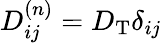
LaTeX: D_{ij}^{(n)}=D_{\mathrm{T}}\delta_{ij}